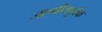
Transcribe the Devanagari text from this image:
जाणीवपुर्वक